Plague in India, 1896, 1897 - Volume 1
Year: 1896
Disease focus: Plague
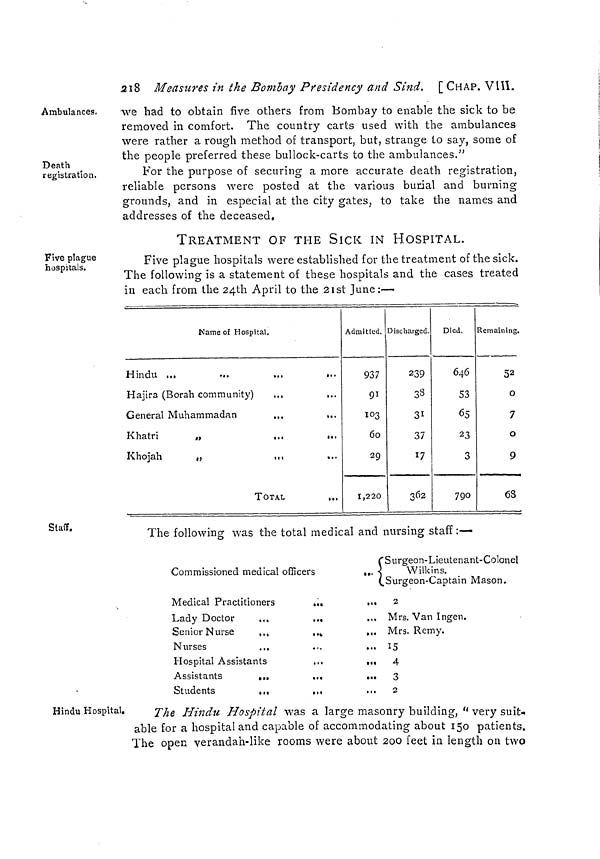
218
Measures in the Bombay Presidency and Sind, [CHAP. VIII.
Ambulances,
Death
registration.
we had to obtain five others from Bombay to enable the sick to be
removed in comfort. The country carts used with the ambulances
were rather a rough method of transport, but, strange to say, some of
the people preferred these bullock-carts to the ambulances."
For the purpose of securing a more accurate death registration,
reliable persons were posted at the various burial and burning
grounds, and in especial at the city gates, to take the names and
addresses of the deceased,
TREATMENT OF THE SICK IN HOSPITAL.
Five plague
hospitals.
Five plague hospitals were established for the treatment of the sick.
The following is a statement of these hospitals and the cases treated
in each from the 24th April to the 21st June:—
Name of Hospital.
Hindu ...
...
...
...
Hajira (Borah community)
...
...
General Muhammadan
...
...
Khatri
„
...
...
Khojah
„
...
...
TOTAL
...
Admitted.
937
91
103
60
29
1,220
Discharged.
239
38
31
37
17
362
Died.
646
53
65
23
3
790
Remaining.
52
0
7
0
9
68
Staff.
The following was the total medical and nursing staff:—
Commissioned medical officers
,,.
Medical Practitioners
...
...
Lady Doctor
...
...
Senior Nurse
...
...
...
Nurses
...
...
...
Hospital Assistants
...
...
Assistants
...
...
...
Students
...
...
...
Surgeon-Lieutenant-Colonel
Wilkins.
Surgeon-Captain Mason.
2
Mrs. Van Ingen.
Mrs. Remy.
15
4
3
2
Hindu Hospital.
The Hindu Hospital was a large masonry building, " very suit-
able for a hospital and capable of accommodating about 150 patients.
The open verandah-like rooms were about 200 feet in length on two